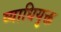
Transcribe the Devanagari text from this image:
व्याधियुक्त